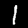
Label: 1